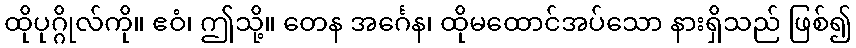
ထိုပုဂ္ဂိုလ်ကို။ ဧဝံ၊ ဤသို့။ တေန အင်္ဂေန၊ ထိုမထောင်အပ်သော နားရှိသည် ဖြစ်၍